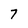
Character: 7